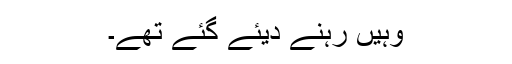
وہیں رہنے دیئے گئے تھے۔